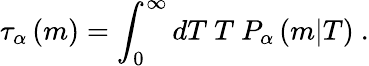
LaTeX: \tau_{\alpha}\left(m\right)=\int_{0}^{\infty}dT\ T\ P_{\alpha}\left(m|T\right)\ .